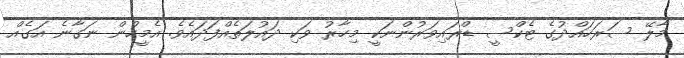
މާލޭ ސަރަހައްދުގެ ޓެކްސީ ޑްރައިވަރުންނަކީ މިހާރު ވަކި ދައުލަތެއްފަދައެވެ. އެމީހުން ނަގާނެ އަގެއް